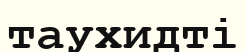
таухидті